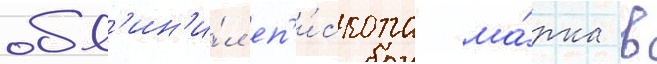
обв'ин'и́л еп'и́скопа ма́рка в